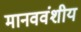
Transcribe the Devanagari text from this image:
मानववंशीय